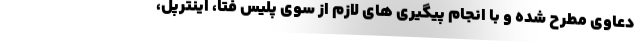
دعاوی مطرح شده و با انجام پیگیری های لازم از سوی پلیس فتا، اینترپل،